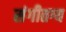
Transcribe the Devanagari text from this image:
संगीतग्य